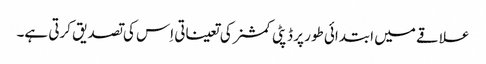
علاقے میں ابتدائی طور پر ڈپٹی کمشنر کی تعیناتی اِس کی تصدیق کرتی ہے۔